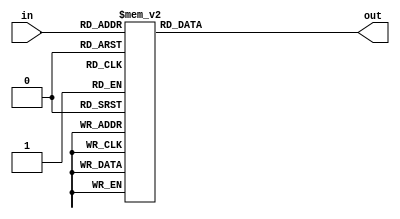
module top_module( 
    input [2:0] in,
    output [1:0] out );

    // method 1: implement procedure 
    // (combinational always block)
    always @ (*)
        case (in)
            3'h0 : out = 2'h0;
            3'h1 : out = 2'h1;
            3'h2 : out = 2'h1;
            3'h3 : out = 2'h2;
            3'h4 : out = 2'h1;
            3'h5 : out = 2'h2;
            3'h6 : out = 2'h2;
            3'h7 : out = 2'h3;
            default : out = 2'h0;
        endcase

    // method 2: using addition operator
    // SIMPLE METHOD WORKS THE BEST
    // assign out = in[0] + in[1] + in[2];

    // method 3: simply the truth table to boolean expression
    //
    // truth table
    // in[2:0] out[1:0]
	// 000      00
	// 001      01
	// 010      01
	// 011      10
	// 100      01
	// 101      10
	// 110      10
	// 111      11
    // assign out[0] = (~in[2] & ~in[1] & in[0]) | (~in[2] & in[1] & ~in[0]) | (in[2] & ~in[1] & ~in[0]) | (in[2] & in[1] & in[0]);
	// assign out[1] = (in[1] & in[0]) | (in[2] & in[0]) | (in[2] & in[1]);

endmodule